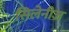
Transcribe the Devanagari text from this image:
सिलेनीज